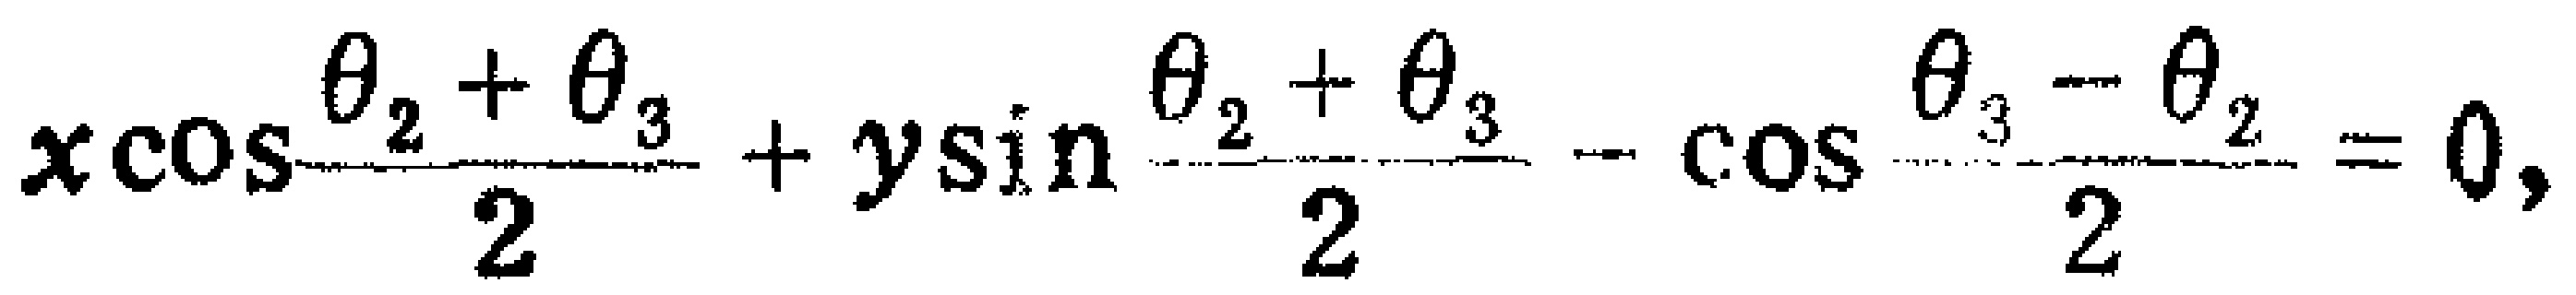
\(x\cos\frac{\theta_{2}+\theta_{3}}{2}+y\sin\frac{\theta_{2}+\theta_{3}}{2}-\cos\frac{\theta_{3}-\theta_{2}}{2}=0,\)